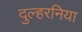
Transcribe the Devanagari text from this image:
दुल्हरनिया